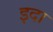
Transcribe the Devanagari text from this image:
इदा